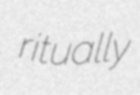
ritually